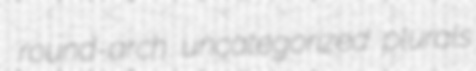
round-arch uncategorized plurals